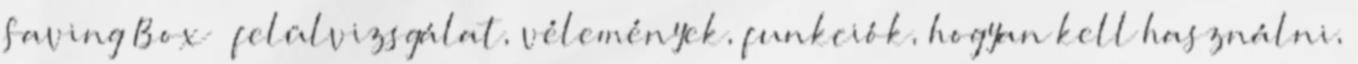
Saving Box – felülvizsgálat, vélemények, funkciók, hogyan kell használni,